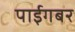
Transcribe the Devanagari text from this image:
पाईगबर